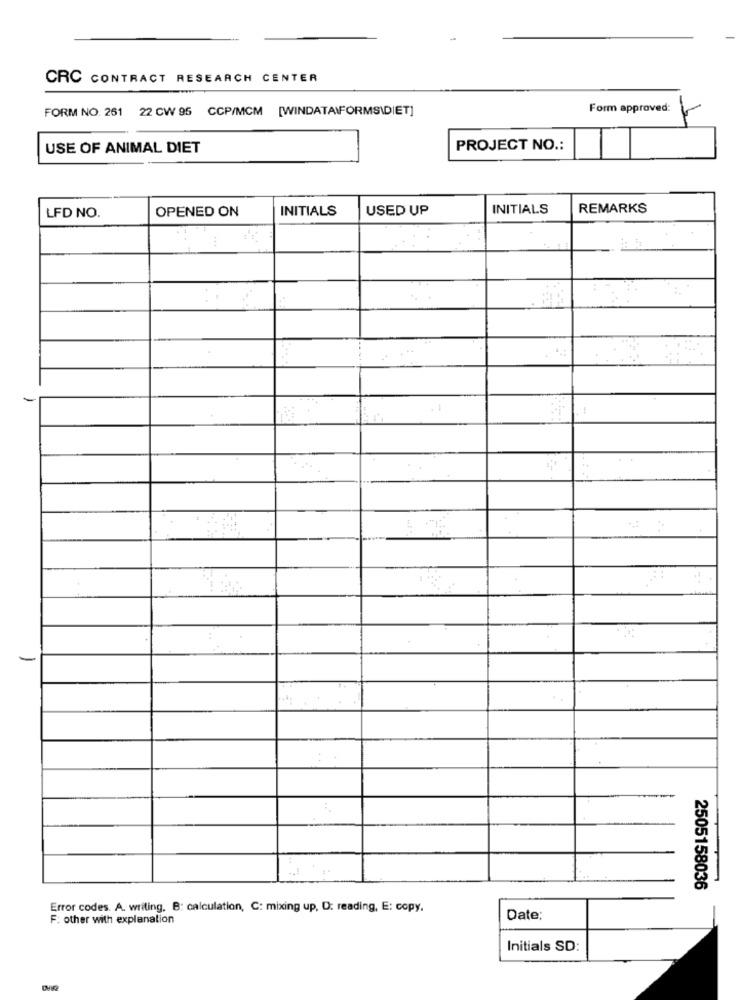
CRC CONTRACT RESEARCH CENTER
FORM NO. 261 22 CW 95 CCP/MCM [WINDATA\FORMS\DIET]
Form approved:
USE OF ANIMAL DIET
PROJECT NO .:
LFD NO.
OPENED ON
INITIALS
USED UP
INITIALS
REMARKS
2505158036
Error codes. A. writing. B: calculation, C: mixing up, D: reading, E: copy.
F: other with explanation
Date:
Initials SD: